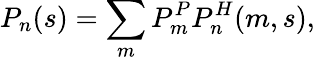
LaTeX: P_{n}(s)=\sum_{m}P_{m}^{P}P_{n}^{H}(m,s),